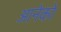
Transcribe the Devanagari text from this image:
आनेको